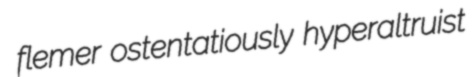
flemer ostentatiously hyperaltruist